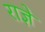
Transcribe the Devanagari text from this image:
राज्ञे